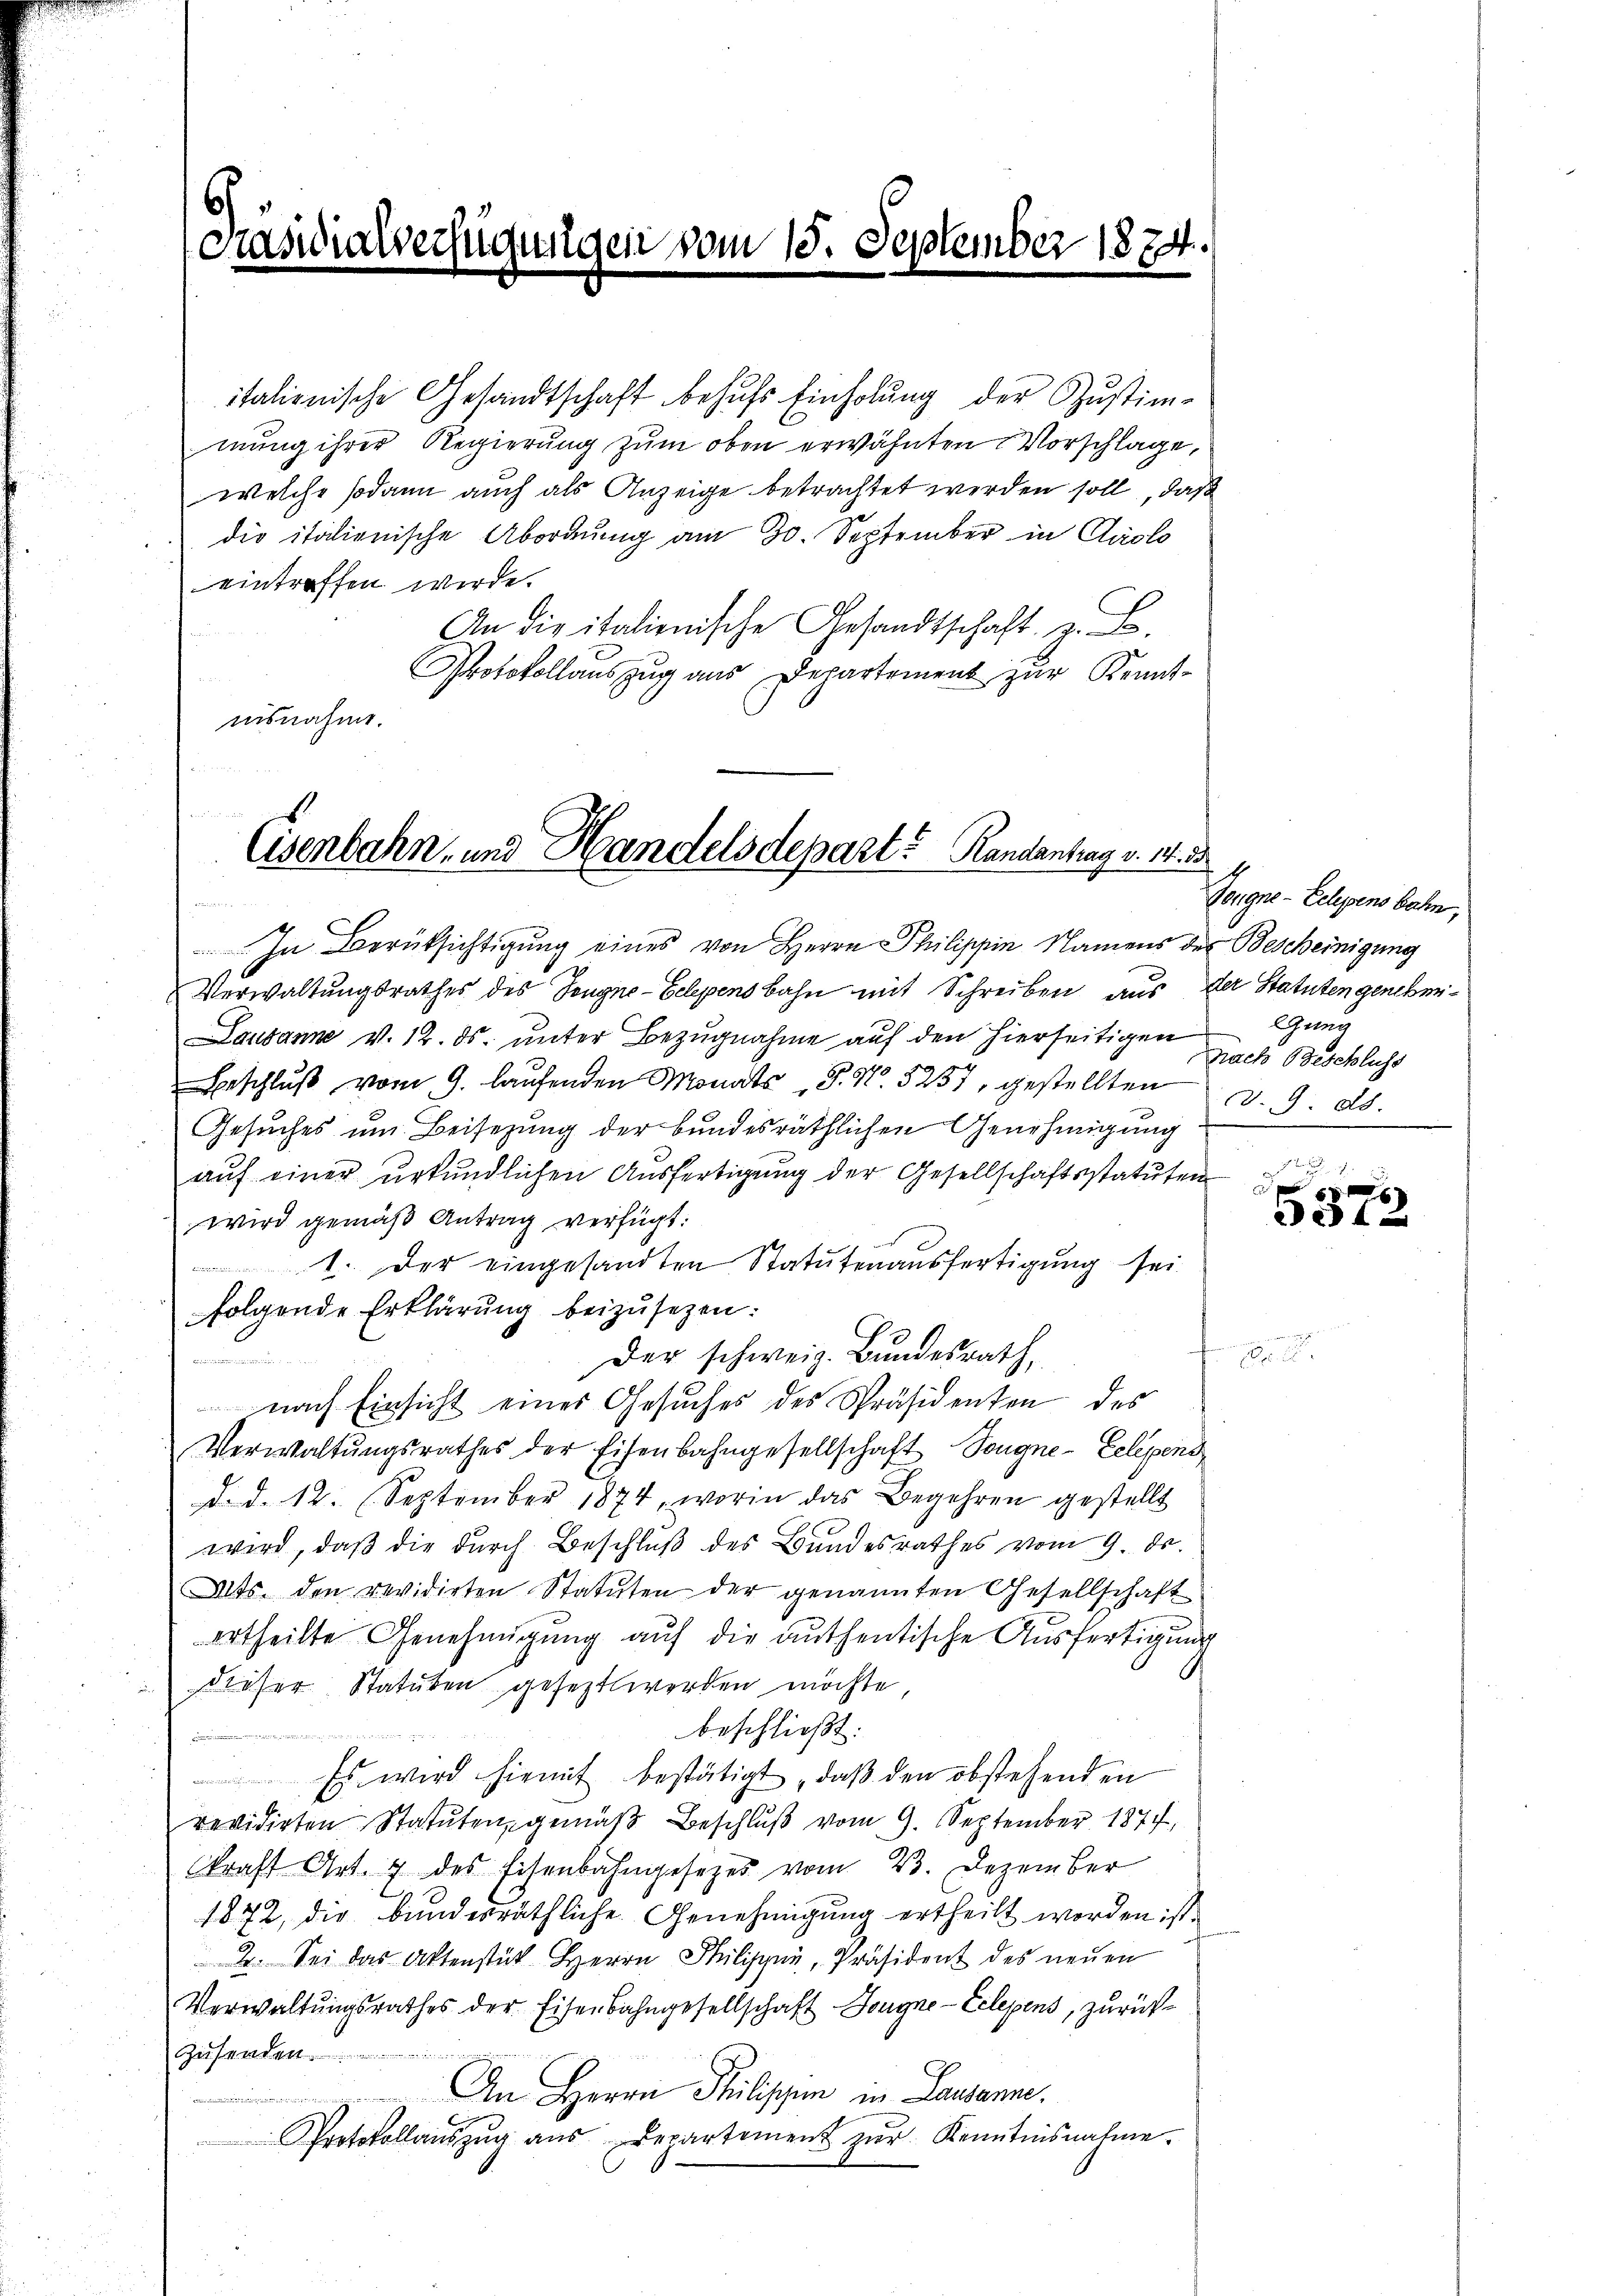
Präsidial

Weisun

wilden vom 15. September 1874.

italienische Gesandtschaft behufs Einholung der Zustim-
mung ihrer Regierung zum oben erwähnten Vorschlage,
welche sodann auch als Anzeige betrachtet werden soll, daß
die italienische Abordnung am 30. September in Colo
eintreffen werde.
An die italienische Gesandtschaft z. B.
Protokollauszug aus Departement zur Kenntaisnahme.

Cisenbahn- und Handelsdepart? Randantrag v. 14. 55

In Berüksichtigung eines von Herrn Philippin Namens der Bescheinigung
Verwaltungsrathes des Tongne-Gelegensbahn mit Schreiben aus der Statuten genehmi¬
Lausanne v. 12. ds. unter Bezugnahme auf den hierseitigen
eschlŭβ vom 9. laŭfenden Monats S. Nr. 5257, gestellten d. 9. ds.
Gesuches um Beisezung der bundesräthlichen Genehmigung
aŭf einer urkundlichen Aŭsfertigŭng der Gesellschaftsstatuten
wird gemäß Antrag verfügt:
1. Der eingesandten Statutenausfertigung sei.
folgende Erklärung beizusetzen:
Der schweiz. Bundesrath,
e
nach Einsicht eines Gesuches des Präsidenten des
Verwaltŭngsrathes der Eisenbahngesellschaft Tongne-Eclepend
d. d. 12. September 1874, worin das Begehren gestellt
wird, daß die durch Beschluß des Bundesrathes vom 9. ds.
Mts. den revidirten Statuten der genannten Gesellschaft
ertheilte Genehmigung auf die authentische Ausfertigung
dieser Statuten gesezt werden möchte,
beschließt:
tien die ganz
Es wird hiemit bestätigt, daß den obstehenden
revidirten Statuten, gemäß Beschluß vom 9. September 1877,
kraft Art. 4 des Eisenbahngesetzes vom 23. Dezember
1872, die bundesräthliche Genehmigung ertheilt worden ist.
2. Sei das Aktenstük Herrn Philisaŭ, Präsident des neuen
Verwaltungsrathes der Eisenbahngesellschaft Longne-Eclegens, zurück¬
.
An Herrn Philippen in Lausanne.
Protokollaŭszŭg aŭs Departement zŭr Kenntnisnahme.

Zeugne- Eelegens bahn,
Guny
Nach Beschluss
e

.

e
s
et